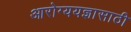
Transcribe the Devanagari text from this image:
आरोग्ययज्ञासाठी